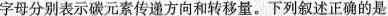
字母分别表示碳元素传递方向和转移量。下列叙述正确的是